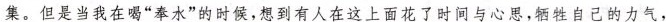
集。但是当我在喝“奉水”的时候，想到有人在这上面花了时间与心思，牺牲自己的力气。